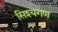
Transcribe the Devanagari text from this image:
सिश्यगण